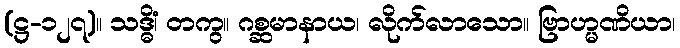
(ဋ္ဌ-၁၂၇)။ သဒ္ဓိံ၊ တကွ။ ဂစ္ဆမာနာယ၊ လိုက်လာသော။ ဗြာဟ္မဏိယာ၊